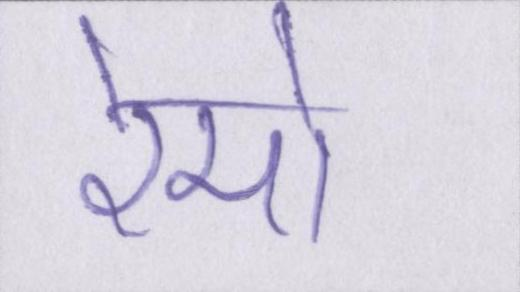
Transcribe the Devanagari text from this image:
रेमो